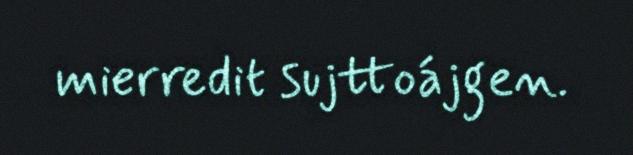
mierredit sujttoájgen.